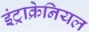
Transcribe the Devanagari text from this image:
इंट्राक्रेनियल